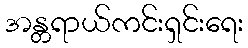
အန္တရာယ်ကင်းရှင်းရေး